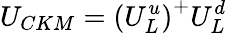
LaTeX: U_{CKM}=\left(U_{L}^{u}\right)^{+}U_{L}^{d}